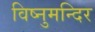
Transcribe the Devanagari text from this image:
विष्नुमन्दिर